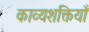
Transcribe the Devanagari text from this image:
काव्यशक्तियाँ